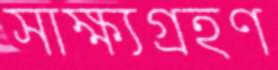
সাক্ষ্যগ্রহণ